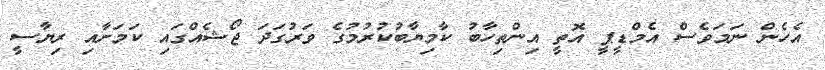
އެހެން ނަމަވެސް އެމްޑީޕީ އޮތީ އިންތިހާބު ކާމިޔާބުކުރުމުގެ ވަރުގަދަ ޖޯޝެއްގައި ކަމަށާއި ރިޔާސީ